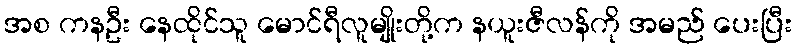
အစ ကနဦး နေထိုင်သူ မောင်ရီလူမျိုးတို့က နယူးဇီလန်ကို အမည် ပေးပြီး